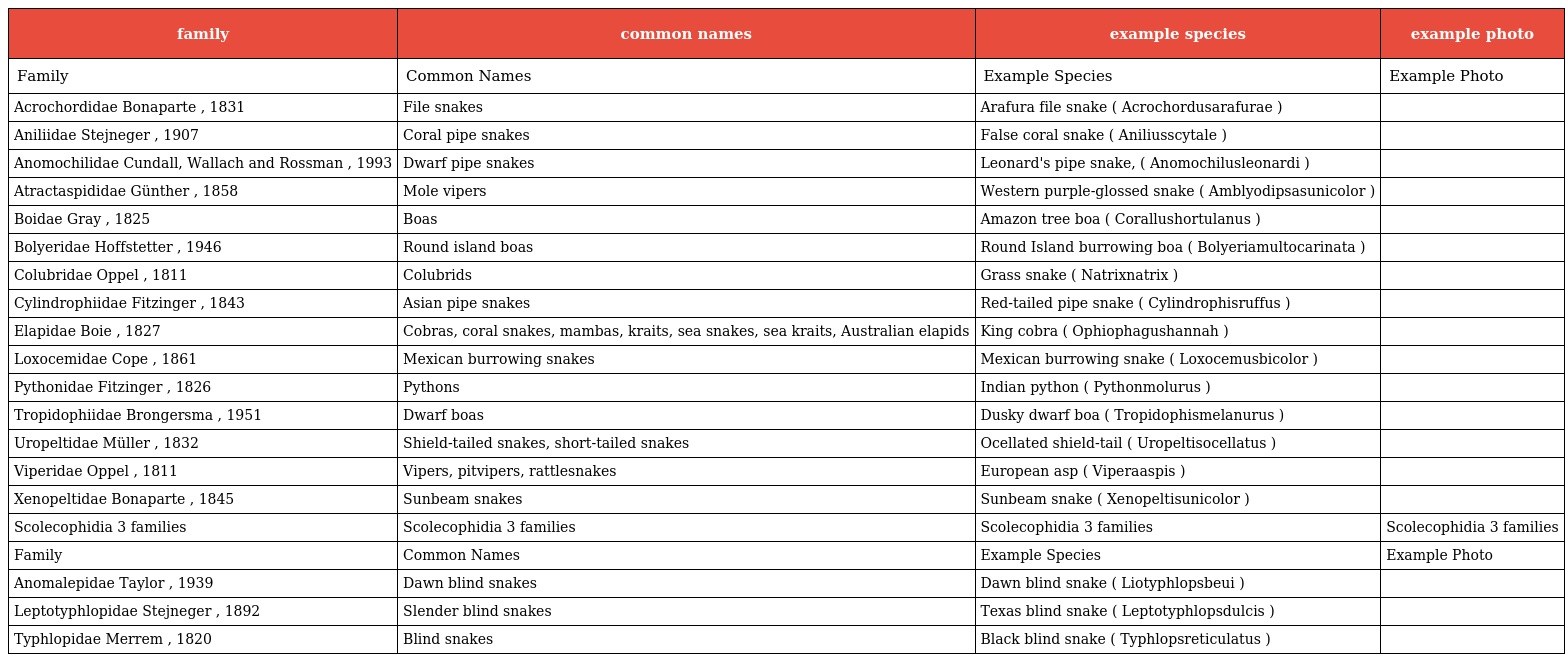
| family | common names | example species | example photo |
 | --- | --- | --- | --- |
 | Family | Common Names | Example Species | Example Photo |
 | Acrochordidae Bonaparte , 1831 | File snakes | Arafura file snake ( Acrochordusarafurae ) |  |
 | Aniliidae Stejneger , 1907 | Coral pipe snakes | False coral snake ( Aniliusscytale ) |  |
 | Anomochilidae Cundall, Wallach and Rossman , 1993 | Dwarf pipe snakes | Leonard's pipe snake, ( Anomochilusleonardi ) |  |
 | Atractaspididae Günther , 1858 | Mole vipers | Western purple-glossed snake ( Amblyodipsasunicolor ) |  |
 | Boidae Gray , 1825 | Boas | Amazon tree boa ( Corallushortulanus ) |  |
 | Bolyeridae Hoffstetter , 1946 | Round island boas | Round Island burrowing boa ( Bolyeriamultocarinata ) |  |
 | Colubridae Oppel , 1811 | Colubrids | Grass snake ( Natrixnatrix ) |  |
 | Cylindrophiidae Fitzinger , 1843 | Asian pipe snakes | Red-tailed pipe snake ( Cylindrophisruffus ) |  |
 | Elapidae Boie , 1827 | Cobras, coral snakes, mambas, kraits, sea snakes, sea kraits, Australian elapids | King cobra ( Ophiophagushannah ) |  |
 | Loxocemidae Cope , 1861 | Mexican burrowing snakes | Mexican burrowing snake ( Loxocemusbicolor ) |  |
 | Pythonidae Fitzinger , 1826 | Pythons | Indian python ( Pythonmolurus ) |  |
 | Tropidophiidae Brongersma , 1951 | Dwarf boas | Dusky dwarf boa ( Tropidophismelanurus ) |  |
 | Uropeltidae Müller , 1832 | Shield-tailed snakes, short-tailed snakes | Ocellated shield-tail ( Uropeltisocellatus ) |  |
 | Viperidae Oppel , 1811 | Vipers, pitvipers, rattlesnakes | European asp ( Viperaaspis ) |  |
 | Xenopeltidae Bonaparte , 1845 | Sunbeam snakes | Sunbeam snake ( Xenopeltisunicolor ) |  |
 | Scolecophidia 3 families | Scolecophidia 3 families | Scolecophidia 3 families | Scolecophidia 3 families |
 | Family | Common Names | Example Species | Example Photo |
 | Anomalepidae Taylor , 1939 | Dawn blind snakes | Dawn blind snake ( Liotyphlopsbeui ) |  |
 | Leptotyphlopidae Stejneger , 1892 | Slender blind snakes | Texas blind snake ( Leptotyphlopsdulcis ) |  |
 | Typhlopidae Merrem , 1820 | Blind snakes | Black blind snake ( Typhlopsreticulatus ) |  |